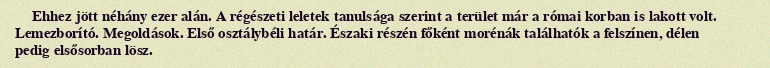
Ehhez jött néhány ezer alán. A régészeti leletek tanulsága szerint a terület már a római korban is lakott volt. Lemezborító. Megoldások. Első osztálybéli határ. Északi részén főként morénák találhatók a felszínen, délen pedig elsősorban lösz.